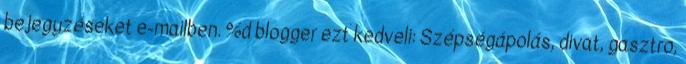
bejegyzéseket e-mailben. %d blogger ezt kedveli: Szépségápolás, divat, gasztro,